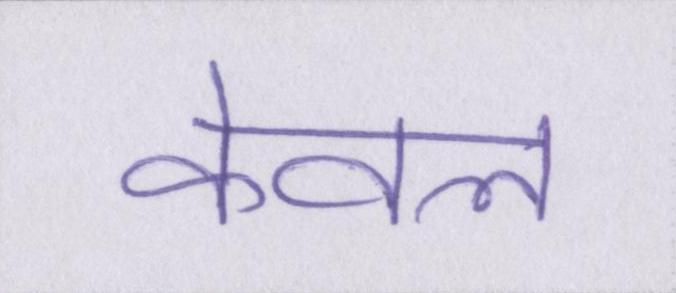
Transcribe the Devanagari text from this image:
केवल